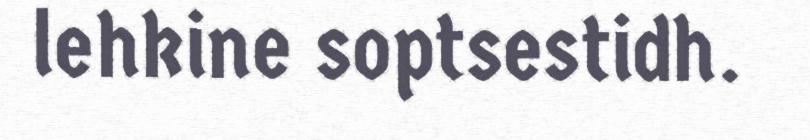
lehkine soptsestidh.